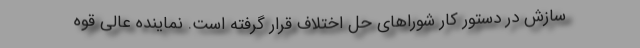
سازش در دستور کار شوراهای حل اختلاف قرار گرفته است. نماینده عالی قوه